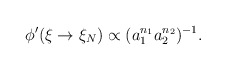
\begin{align*}\phi'(\xi\rightarrow\xi_N)\propto(a_1^{n_1}a_2^{n_2})^{-1}.\end{align*}